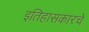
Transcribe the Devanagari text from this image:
इतिहासकारचे